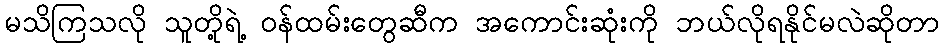
မသိကြသလို သူတို့ရဲ့ ဝန်ထမ်းတွေဆီက အကောင်းဆုံးကို ဘယ်လိုရနိုင်မလဲဆိုတာ